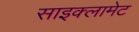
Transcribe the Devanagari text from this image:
साइक्लामेट